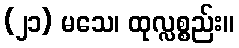
(၂၁) မသေ၊ ထုလ္လစ္စည်း။